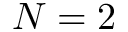
N = 2